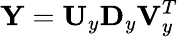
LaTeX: \mathbf Y=\mathbf U_{y}\mathbf D_{y}\mathbf V_{y}^{T}